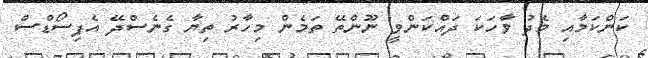
ކަންކަމާއި މެދު ވާހަކަ ދައްކަންވީ ނޫންތޭ ތަމެން މިހާރު ތިޔާ ގެނެސްދޭ އެޕިސޯޑްސް